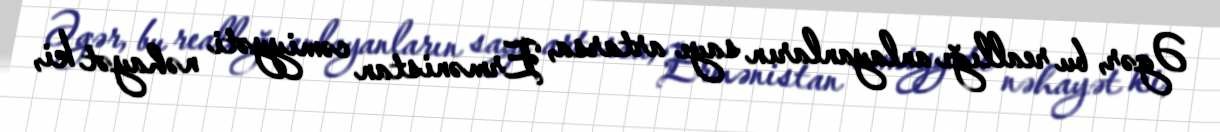
Əgər, bu reallığı anlayanların sayı artarsa, Ermənistan cəmiyyəti nəhayət ki,